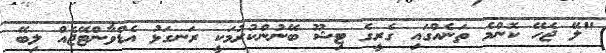
"ލޭ ޖެހޭ ކޮންމެ ތަނެއްގައި ގެރީގެ ޓިޝޫ ބޭނުންކުރުމަކީ ރަނގަޅު އެޑްވާންޓޭޖެއް ލިބޭ